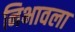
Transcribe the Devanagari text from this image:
निभावला